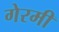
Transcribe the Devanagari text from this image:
गेरमी